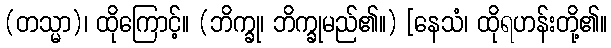
(တသ္မာ)၊ ထိုကြောင့်။ (ဘိက္ခု၊ ဘိက္ခုမည်၏။) [နေသံ၊ ထိုရဟန်းတို့၏။